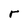
Character: r